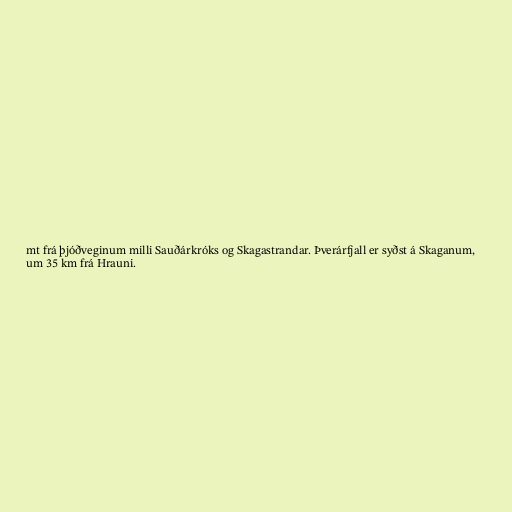
mt frá þjóðveginum milli Sauðárkróks og Skagastrandar. Þverárfjall er syðst á Skaganum,
um 35 km frá Hrauni.